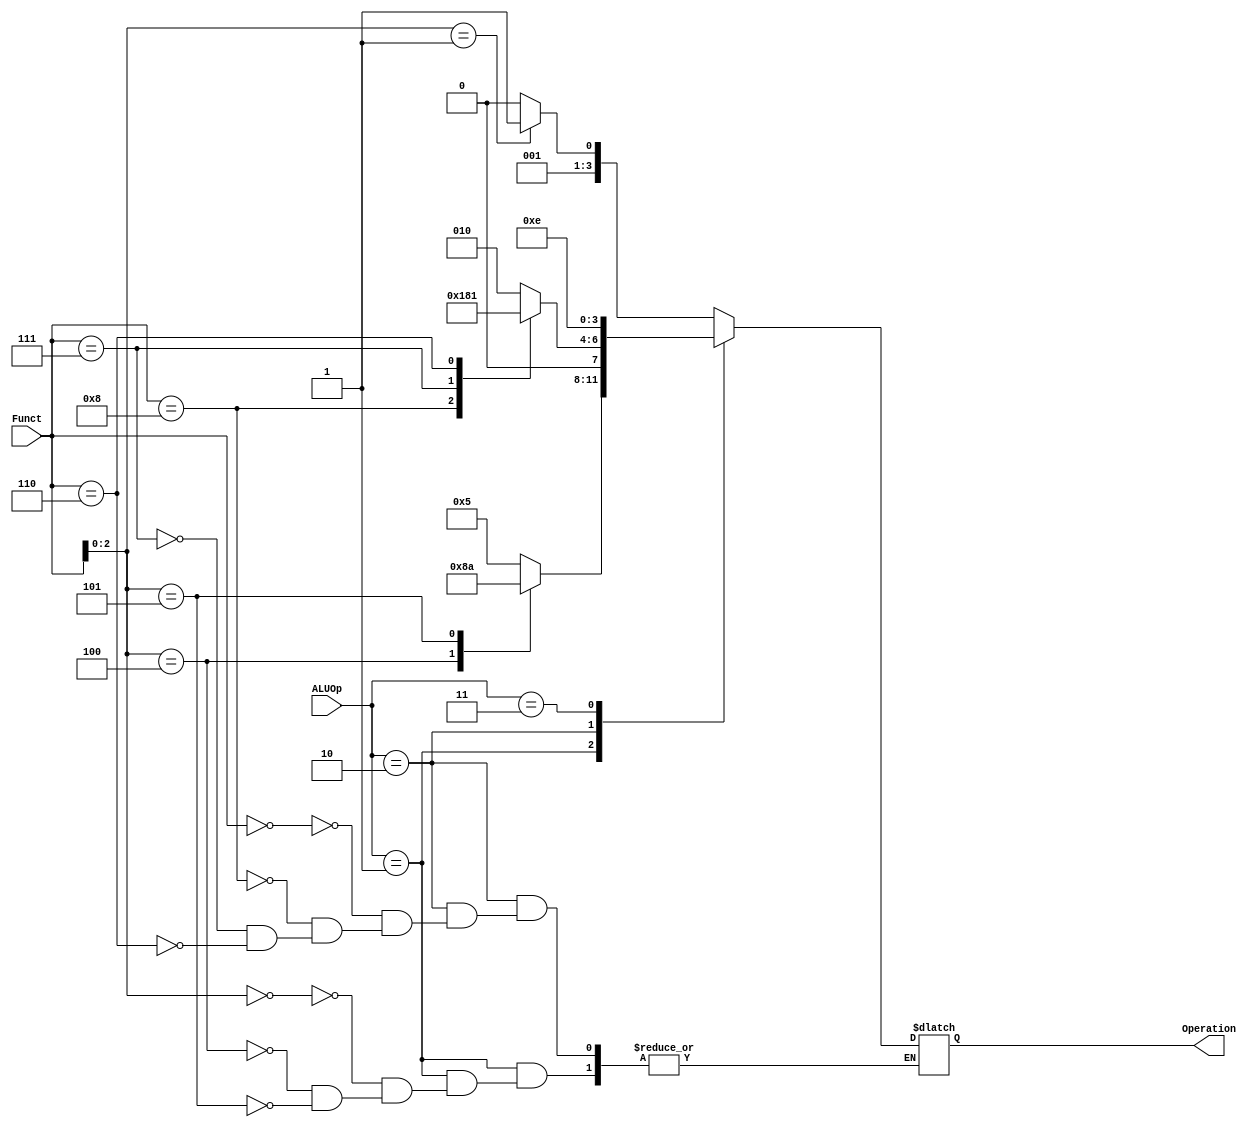
`timescale 1ns / 1ps
//////////////////////////////////////////////////////////////////////////////////
// Company: 
// Engineer: 
// 
// Design Name: 
// Module Name: ALU_Control
// Project Name: 
// Target Devices: 
// Tool Versions: 
// Description: 
// 
// Dependencies: 
// 
// Revision:
// Revision 0.01 - File Created
// Additional Comments:
// 
//////////////////////////////////////////////////////////////////////////////////

module ALU_Control
(
    input [1:0] ALUOp,
    input [3:0] Funct,
    output reg [3:0] Operation
);

always @ (ALUOp or Funct) begin
    case(ALUOp)
        // For I-type and S-type Instructions
        2'b00: begin 
            case(Funct[2:0])
                3'b001: Operation = 4'b0011;    // SLLI Instruction
                default: Operation = 4'b0010;   // When load or store, add
            endcase
        end
        
        // For Branching
        2'b01: begin
            case(Funct[2:0])
                3'b000: Operation = 4'b0101;    // For Beq
                3'b100: Operation = 4'b1000;    // For Blt
                3'b101: Operation = 4'b1010;    // For Bge
            endcase
        end
        
        // For R-type
        2'b10: begin
            case(Funct)
                4'b0000: Operation = 4'b0010;   // ADD
                4'b1000: Operation = 4'b0110;   // SUB
                4'b0111: Operation = 4'b0000;   // AND
                4'b0110: Operation = 4'b0001;   // OR
            endcase
        end
        
        // For J-type
        2'b11: Operation = 4'b1110;
        
    endcase
end
endmodule